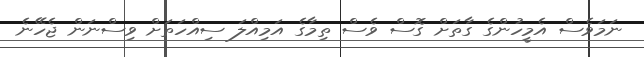
ނަމަވެސް އެމީހުންގެ ގާތަށް ގޮސް ވެސް ތިމާގެ އަމިއްލަ ސިއްހަތަށް ވިސްނަން ޖެހޭނެ